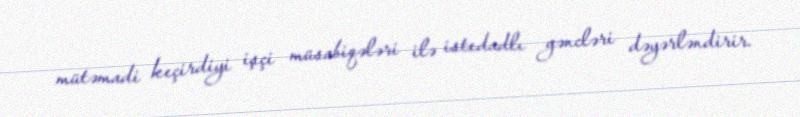
mütəmadi keçirdiyi işçi müsabiqələri ilə istedadlı gəncləri dəyərləndirir.